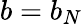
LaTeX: b=b_{N}